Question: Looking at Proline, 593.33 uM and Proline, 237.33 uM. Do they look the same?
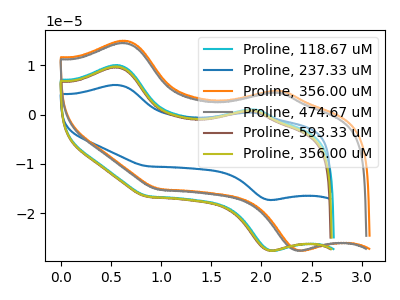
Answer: <think>The cyan curve "Proline, 118.67 uM" has anodic peaks at (0.55V, 10.10uA) (1.95V, 1.10uA) and cathodic peaks at (2.10V, -27.60uA) (0.85V, -16.50uA). The blue curve "Proline, 237.33 uM" has anodic peaks at (0.55V, 6.05uA) (1.90V, 0.45uA) and cathodic peaks at (2.10V, -17.30uA) (0.85V, -10.45uA). The orange curve "Proline, 356.00 uM" has anodic peaks at (0.65V, 15.00uA) (2.20V, 4.85uA) and cathodic peaks at (2.40V, -27.55uA) (1.00V, -15.05uA). The gray curve "Proline, 474.67 uM" has anodic peaks at (0.65V, 14.55uA) (2.15V, 4.50uA) and cathodic peaks at (2.35V, -27.55uA) (0.95V, -15.20uA). The brown curve "Proline, 593.33 uM" has anodic peaks at (0.55V, 9.65uA) (1.90V, 0.75uA) and cathodic peaks at (2.10V, -27.60uA) (0.85V, -16.65uA). The olive curve "Proline, 356.00 uM" has anodic peaks at (0.55V, 9.80uA) (1.90V, 0.85uA) and cathodic peaks at (2.10V, -27.60uA) (0.85V, -16.60uA).
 All the peaks in "Proline, 593.33 uM" have a peak in "Proline, 237.33 uM" at the same potential. Every peak in "Proline, 593.33 uM" is higher than every peak in "Proline, 237.33 uM".</think>
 <answer>"Proline, 593.33 uM" and "Proline, 237.33 uM" are similar in shape.</answer>
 <eval>same_shape</eval>